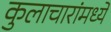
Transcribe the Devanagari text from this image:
कुलाचारांमध्ये